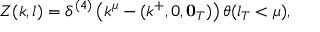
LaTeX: Z ( k , l ) = \delta ^ { ( 4 ) } \left( k ^ { \mu } - ( k ^ { + } , 0 , { \bf 0 } _ { T } ) \right) \theta ( l _ { T } < \mu ) ,